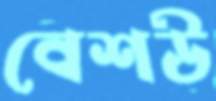
বেশউ